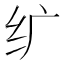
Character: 纩